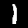
Digit: 1